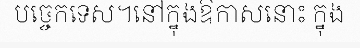
បច្ចេកទេស។នៅក្នុងឱកាសនោះ ក្នុង